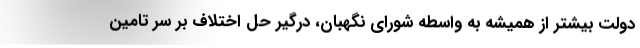
دولت بیشتر از همیشه به واسطه شورای نگهبان، درگیر حل اختلاف بر سر تامین